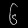
Digit: ၆